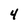
Character: 4